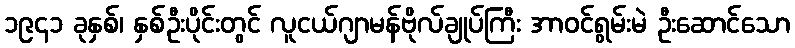
၁၉၄၁ ခုနှစ်၊ နှစ်ဦးပိုင်းတွင် လူငယ်ဂျာမန်ဗိုလ်ချုပ်ကြီး အာဝင်ရွမ်းမဲ ဦးဆောင်သော